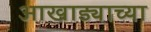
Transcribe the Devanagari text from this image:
आखाड्याच्या